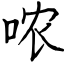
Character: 哝